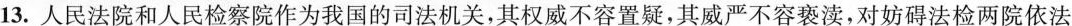
13.人民法院和人民检察院作为我国的司法机关，其权威不容置疑，其威严不容亵渎，对妨碍法检两院依法